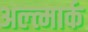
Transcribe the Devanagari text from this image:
अल्त्मार्क